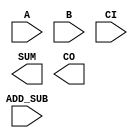
////////////////////////////////////////////////////////////////////////////////
//
//       This confidential and proprietary software may be used only
//     as authorized by a licensing agreement from Synopsys Inc.
//     In the event of publication, the following notice is applicable:
//
//                    (C) COPYRIGHT 1992 - 2023 SYNOPSYS INC.
//                           ALL RIGHTS RESERVED
//
//       The entire notice above must be reproduced on all authorized
//     copies.
//
//
// VERSION:   Simulation Architecture
//
// DesignWare_version: 22a5618c
// DesignWare_release: U-2022.12-DWBB_202212.5
//
////////////////////////////////////////////////////////////////////////////////
//-----------------------------------------------------------------------------------
//
// ABSTRACT:  Adder-Subtractor
//           ADD_SUB= '1' : SUM <= A - B - CI
//           ADD_SUB= '0' : SUM <= A + B + CI
//           Carry-in and Carry-out is active high with both addition 
//           and subtraction.
//                      Converted to verilog from vhdl
//            GN 
//                      changed dw01 to DW01 star 33068
//
//	      Bob Tong: 12/02/98  	
//                      STAR 59142
//
//	      Bob Tong: 03/03/2000	
//                      STAR 99907
//
//           RPH        07/17/2002 
//                          Rewrote to comply with the new guidelines
//     
//---------------------------------------------------------------------

module DW01_addsub (A,B,CI,ADD_SUB,SUM,CO);

  parameter integer width = 4;

  // port list declaration in order
  input   [width-1 : 0]     A, B;
  input                     CI, ADD_SUB;
   
  output  [width-1 : 0]     SUM;
  output                    CO;
   
  // synopsys translate_off
  wire [width : 0]      tmp_out;   
  //-------------------------------------------------------------------------
  // Parameter legality check
  //-------------------------------------------------------------------------

  
 
  initial begin : parameter_check
    integer param_err_flg;

    param_err_flg = 0;
    
  
    if (width < 1) begin
      param_err_flg = 1;
      $display(
	"ERROR: %m :\n  Invalid value (%d) for parameter width (lower bound: 1)",
	width );
    end 
  
    if ( param_err_flg == 1) begin
      $display(
        "%m :\n  Simulation aborted due to invalid parameter value(s)");
      $finish;
    end

  end // parameter_check 


  assign tmp_out = ((^(A ^ A) !== 1'b0) || (^(B ^ B) !== 1'b0) || (^(ADD_SUB ^ ADD_SUB) !== 1'b0)) ? {width+1{1'bx}} 
		   : ADD_SUB ? A-B-CI : A+B+CI;
  assign CO = tmp_out[width];
  assign SUM = tmp_out[width-1 : 0];

  // synopsys translate_on
   
endmodule